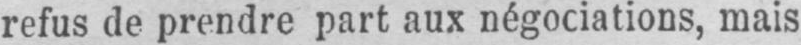
refus de prendre part aux négociations, mais